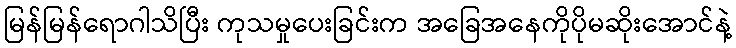
မြန်မြန်ရောဂါသိပြီး ကုသမှုပေးခြင်းက အခြေအနေကိုပိုမဆိုးအောင်နဲ့